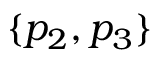
\{ p _ { 2 } , p _ { 3 } \}